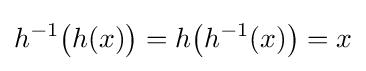
h^{-1}{\bigl (}h(x){\bigr )}=h{\bigl (}h^{-1}(x){\bigr )}=x